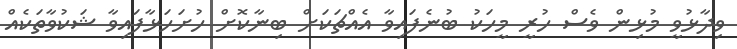
ވިދާޅުވީ މުޅިން ވެސް ހުރީ މީހަކު ބުނެފައިވާ އެއްޗަކަށް ބިނާކޮށް ހުށަހަޅާފައިވާ ޝަކުވާތަކެއް